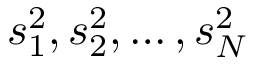
s _ { 1 } ^ { 2 } , s _ { 2 } ^ { 2 } , \ldots , s _ { N } ^ { 2 }